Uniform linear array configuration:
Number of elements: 12
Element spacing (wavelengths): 0.25
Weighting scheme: binomial
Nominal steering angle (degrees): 30
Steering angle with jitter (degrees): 29.774
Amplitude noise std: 0.05
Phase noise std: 0.05

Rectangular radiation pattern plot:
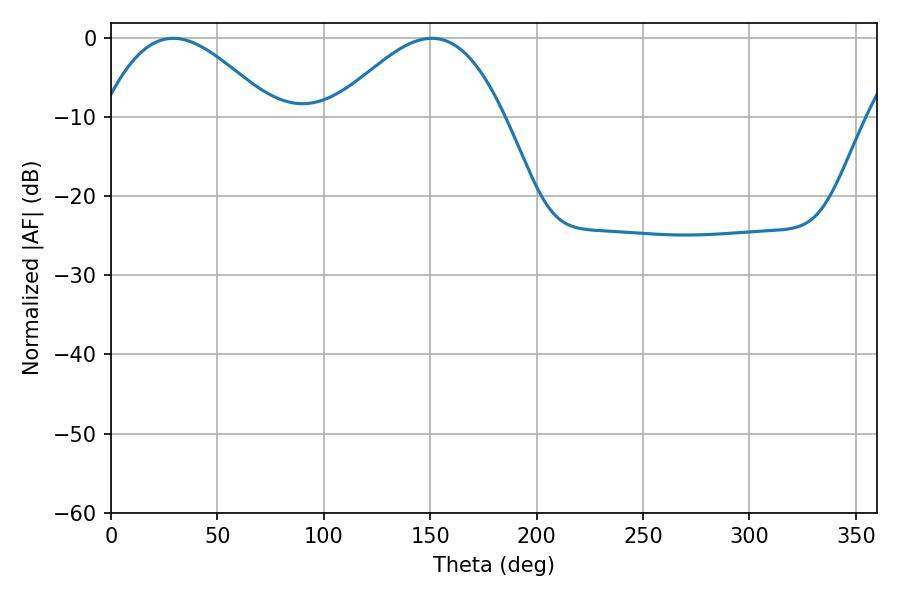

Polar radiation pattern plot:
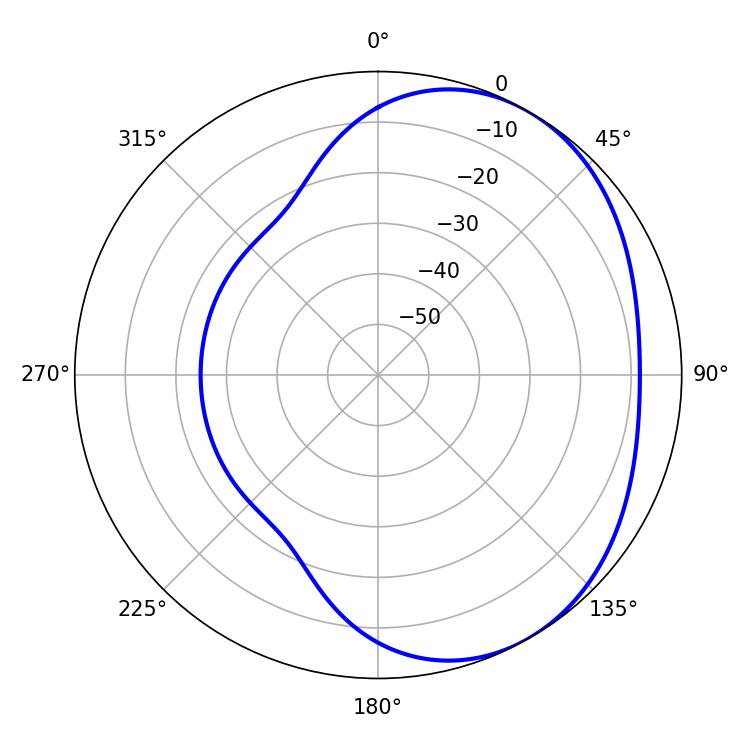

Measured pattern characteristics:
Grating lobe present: FALSE
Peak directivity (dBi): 3.415
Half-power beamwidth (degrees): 43.38
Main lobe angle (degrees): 29.16